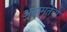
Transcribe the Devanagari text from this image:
असमतेचा